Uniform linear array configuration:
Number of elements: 24
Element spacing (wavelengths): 0.5
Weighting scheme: blackman
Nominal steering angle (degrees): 0
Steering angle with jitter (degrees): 0.3137
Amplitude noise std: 0.05
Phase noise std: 0.05

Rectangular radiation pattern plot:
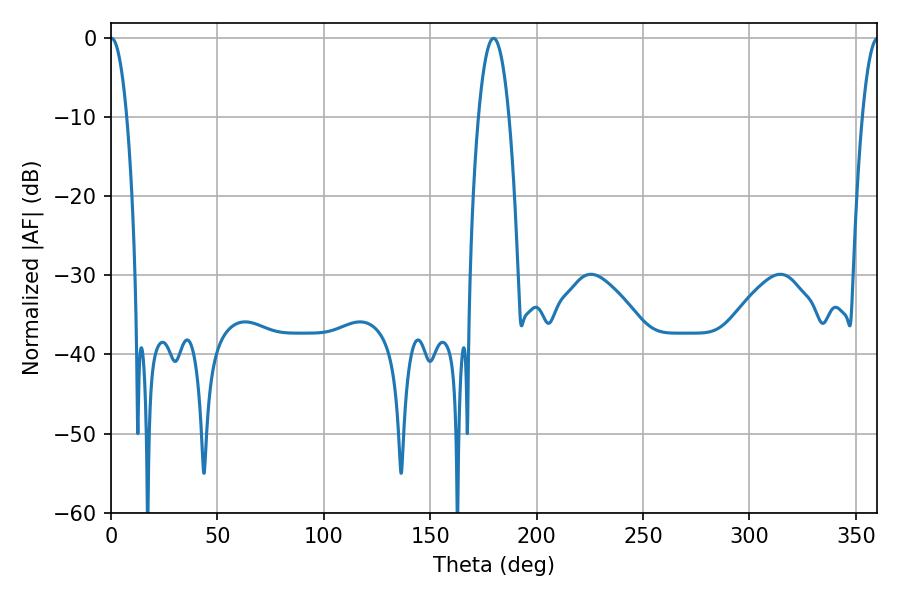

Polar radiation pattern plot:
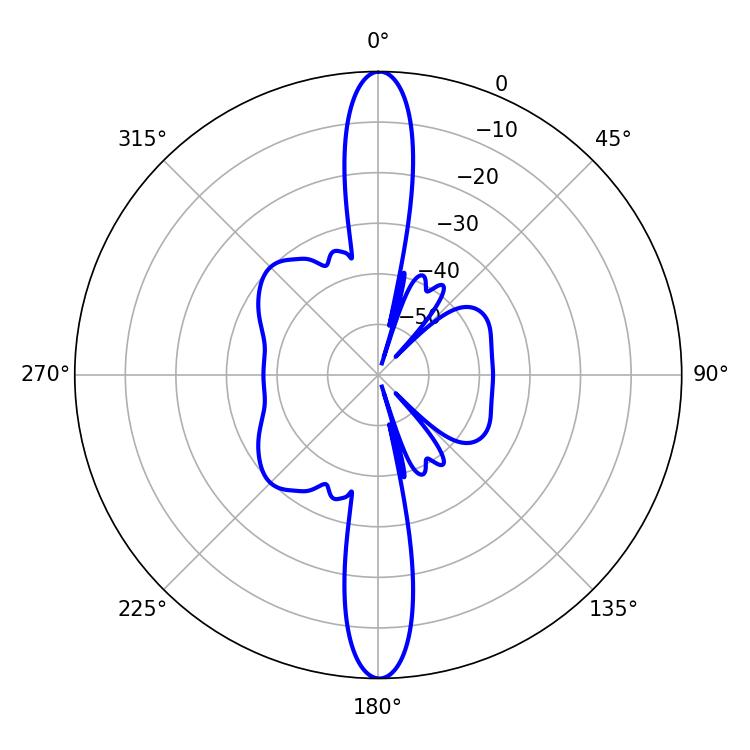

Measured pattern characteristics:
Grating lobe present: FALSE
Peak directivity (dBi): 36.101
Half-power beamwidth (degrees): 4.14
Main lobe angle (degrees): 0.18